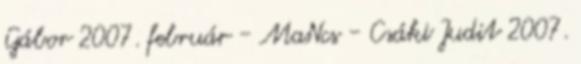
Gábor 2007. február - MaNcs - Csáki Judit 2007.